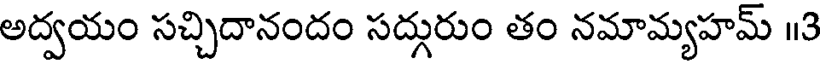
అద్వయం సచ్చిదానందం సద్గురుం తం నమామ్యహమ్ 13